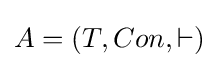
A=(T,Con,\vdash )